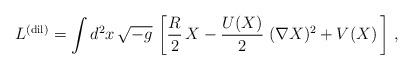
LaTeX: \begin{align*}L^{\rm (dil)}=\int d^{2}x\, \sqrt{-g}\, \left[ \frac{R}{2}\, X-\frac{U(X)}{2}\; (\nabla X)^{2}+V(X)\, \right] \, ,\end{align*}